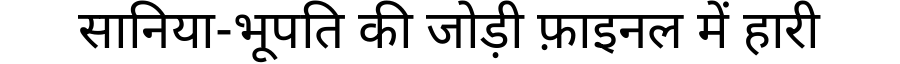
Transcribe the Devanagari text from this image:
सानिया-भूपति की जोड़ी फ़ाइनल में हारी